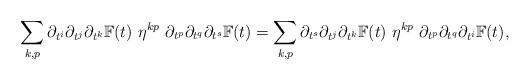
LaTeX: \begin{align*} \sum_{k,p}\partial_{t^i}\partial_{t^j}\partial_{t^k} \mathbb{F}(t)~ \eta^{kp} ~\partial_{t^p}\partial_{t^q}\partial_{t^s} \mathbb{F}(t) = \sum_{k,p}\partial_{t^s}\partial_{t^j}\partial_{t^k} \mathbb{F}(t) ~\eta^{kp}~\partial_{t^p}\partial_{t^q}\partial_{t^i} \mathbb{F}(t), \end{align*}